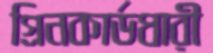
গ্রিনকার্ডধারী